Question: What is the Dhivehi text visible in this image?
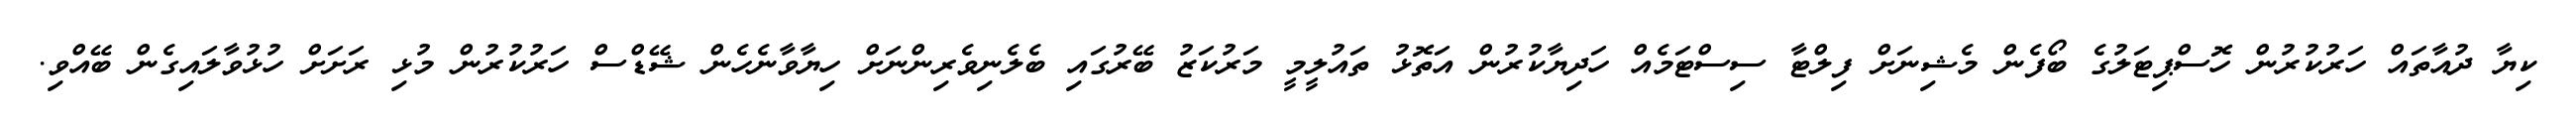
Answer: ކިޔާ ދުއާތައް ހަރުކުރުން ހޮސްޕިޓަލުގެ ބޯފެން މެޝިނަށް ފިލްޓާ ސިސްޓަމެއް ހަދިޔާކުރުން އަތޮޅު ތައުލީމީ މަރުކަޒު ބޭރުގައި ބެލެނިވެރިންނަށް ހިޔާވާނެހެން ޝޭޑްސް ހަރުކުރުން މުޅި ރަށަށް ހުޅުވާލައިގެން ބޭއްވި.